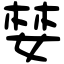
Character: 婪